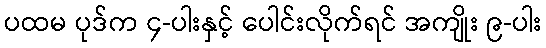
ပထမ ပုဒ်က ၄-ပါးနှင့် ပေါင်းလိုက်ရင် အကျိုး ၉-ပါး